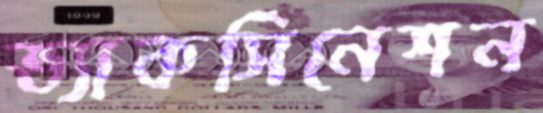
ভ্যাকসিনেশন